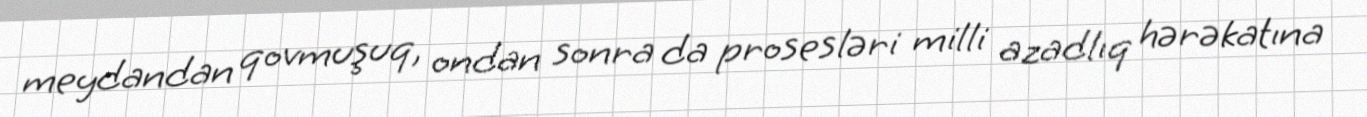
meydandan qovmuşuq, ondan sonra da prosesləri milli azadlıq hərəkatına